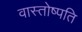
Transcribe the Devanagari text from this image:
वास्तोष्पति